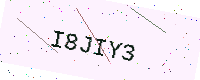
Text: I8JIY3